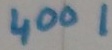
Text: 4001